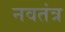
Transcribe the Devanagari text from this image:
नवतंत्र